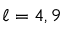
\ell = 4 , 9